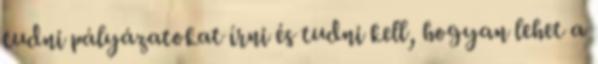
tudni pályázatokat írni és tudni kell, hogyan lehet a